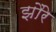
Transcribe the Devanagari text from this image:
झौरे